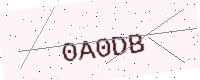
Text: 0A0DB